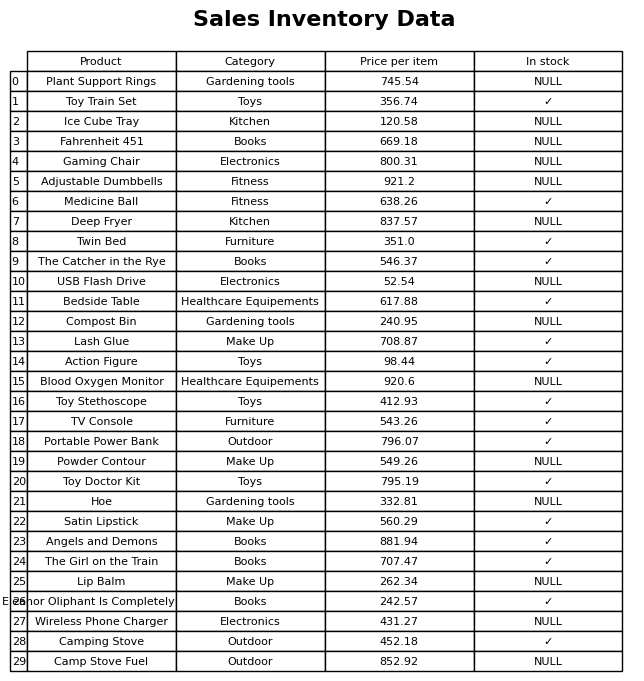
question: What is the price for Blood Oxygen Monitor?
answer: The price of Blood Oxygen Monitor is 920.6.